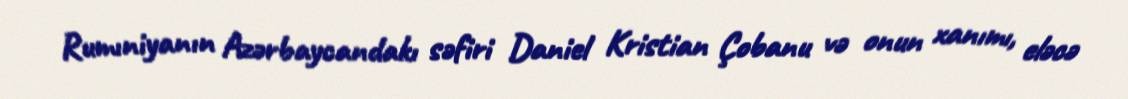
Rumıniyanın Azərbaycandakı səfiri Daniel Kristian Çobanu və onun xanımı, eləcə